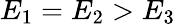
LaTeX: E_{1}=E_{2}>E_{3}